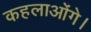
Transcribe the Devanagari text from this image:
कहलाओंगे।